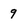
Character: 9